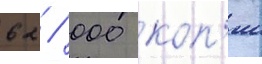
62 / 000 коп'ии